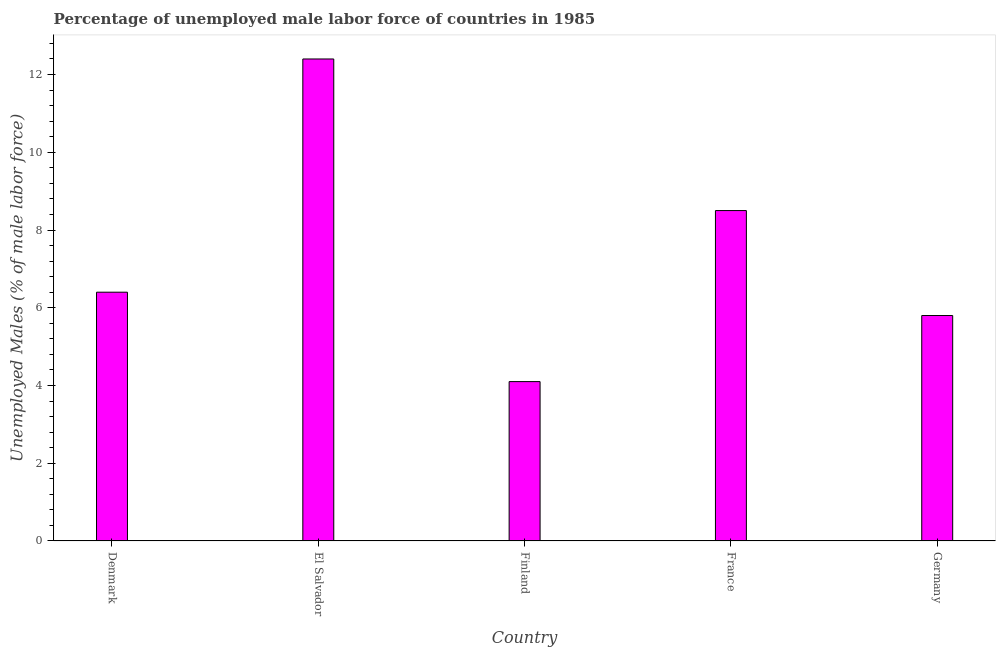
| Country | Unemployment male |
 | --- | --- |
 | Denmark | 6.4 |
 | El Salvador | 12.4 |
 | Finland | 4.1 |
 | France | 8.5 |
 | Germany | 5.8 |